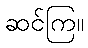
ဆင်ကြ။